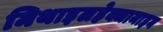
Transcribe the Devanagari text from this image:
मिथाइलहेक्जामाइन